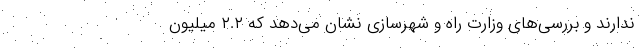
ندارند و بررسی‌های وزارت راه و شهرسازی نشان می‌دهد که ۲.۲ میلیون